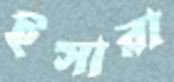
ইসারা